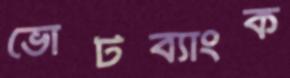
ভোটব্যাংক